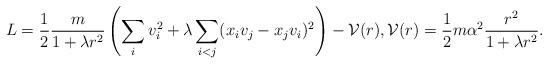
LaTeX: \begin{align*} L = \frac{1}{2}\frac{m}{1+\lambda r^2} \left(\sum_i v_i^2 + \lambda \sum_{i<j} (x_iv_j - x_jv_i)^2\right) - {\cal V}(r), {\cal V}(r) =\frac{1}{2} m \alpha^2 \frac{r^2}{1+\lambda r^2}. \end{align*}